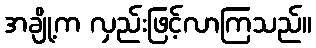
အချို့က လှည်းဖြင့်လာကြသည်။